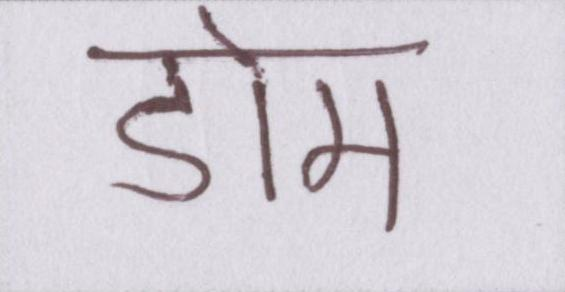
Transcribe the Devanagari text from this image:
डोम